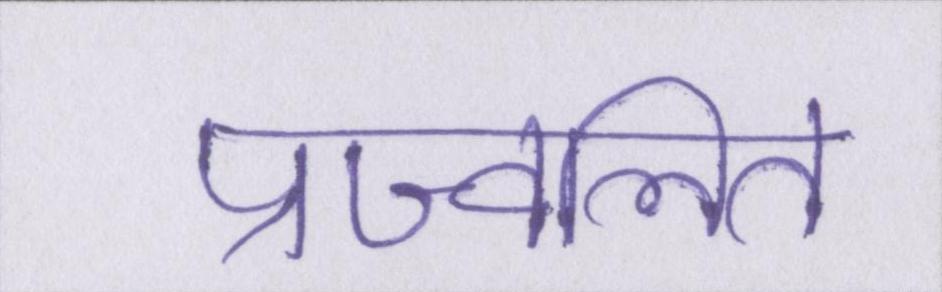
प्रज्वलित